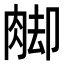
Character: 𦛶